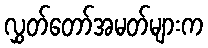
လွှတ်တော်အမတ်များက